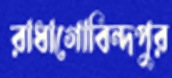
রাধাগোবিন্দপুর